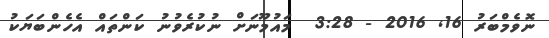
ނޮވެމްބަރު 16